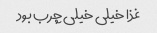
غذا خیلی خیلی چرب بود